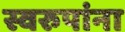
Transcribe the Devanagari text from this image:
स्वरुपांना